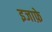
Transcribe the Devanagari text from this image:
इजाफ़े